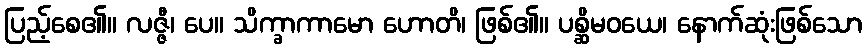
ပြည့်စေ၏။ လဇ္ဇီ၊ ပေ။ သိက္ခာကာမော ဟောတိ၊ ဖြစ်၏။ ပစ္ဆိမဝယေ၊ နောက်ဆုံးဖြစ်သော